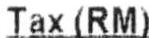
TAX(RM)